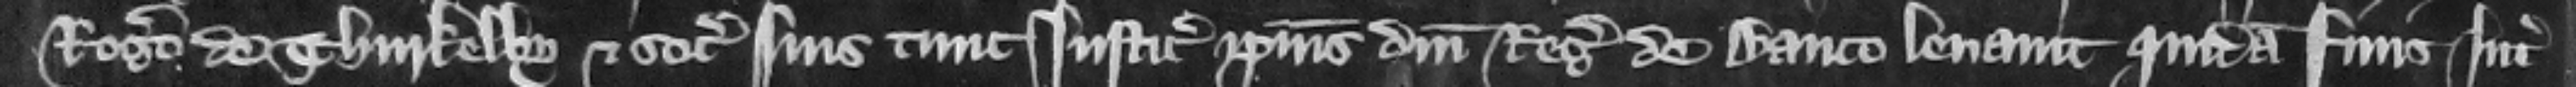
Rogero de Thurkelby et sociis suis tunc iusticiaris ipsius domini regis de Banco leuauit quidam finis inter